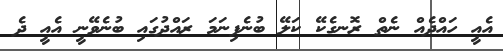
އެއީ ހައްދެއް ނެތް ރޮނގެކޭ ކަލޭ ބުނެފިނަމަ ރައްދުގައި ބުނެވޭނީ އެއީ ދެ